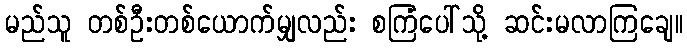
မည်သူ တစ်ဦးတစ်ယောက်မျှလည်း စကြံပေါ်သို့ ဆင်းမလာကြချေ။